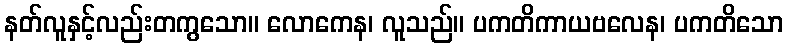
နတ်လူနှင့်လည်းတကွသော။ လောကေန၊ လူသည်။ ပကတိကာယဗလေန၊ ပကတိသော